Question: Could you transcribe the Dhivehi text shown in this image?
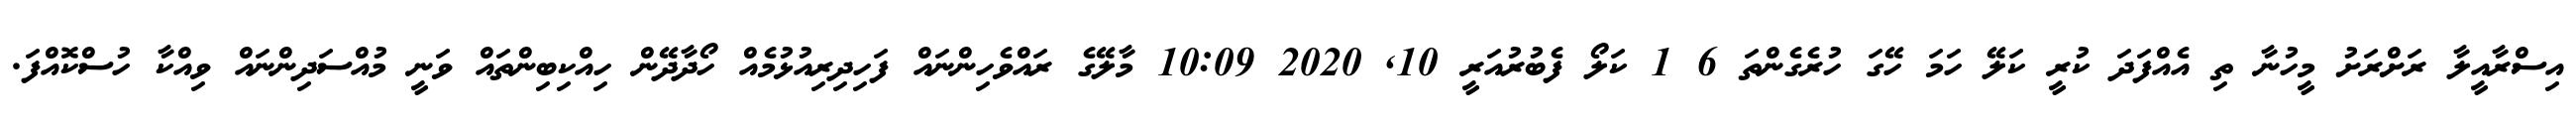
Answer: އިސްރާއީލާ ރަށްރަށު މީހުނާ ތި އެއްފަދަ ކުރީ ކަލޭ ހަމަ ހޭގަ ހުރެގެންތަ 6 1 ކަލޯ ފެބުރުއަރީ 10, 2020 10:09 މާލޭގެ ރައްވެހިންނައް ފަހިދިރިއުޅުމެއް ހޯދާދޭން ހިއްކިބިންތައް ވަނީ މުއްސަދިންނައް ވިއްކާ ހުސްކޮއްފަ.